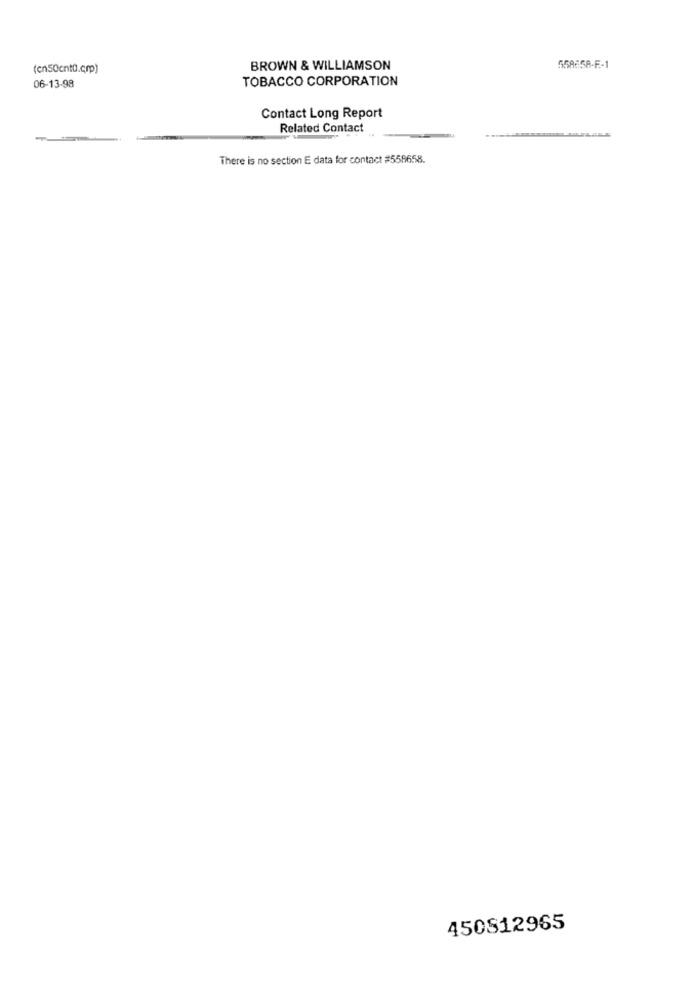
(en50cntü.cmp)
BROWN & WILLIAMSON
558658-F-1
06-13-98
TOBACCO CORPORATION
Contact Long Report
Related Contact
There is no section E data for contact #558658.
450812965